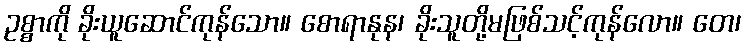
ဥစ္စာကို ခိုးယူဆောင်ကုန်သော။ စောရာနုန၊ ခိုးသူတို့မဖြစ်သင့်ကုန်လော။ တေ၊